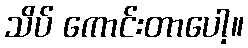
သိပ် ကောင်းတာပေါ့။